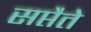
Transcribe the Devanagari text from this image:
सप्तैते